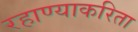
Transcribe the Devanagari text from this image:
रहाण्याकरिता